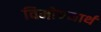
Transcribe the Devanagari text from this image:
विमोचनार्थ